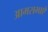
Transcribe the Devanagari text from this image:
आमसभाएँ